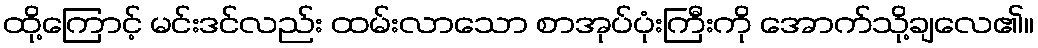
ထို့ကြောင့် မင်းဒင်လည်း ထမ်းလာသော စာအုပ်ပုံးကြီးကို အောက်သို့ချလေ၏။